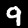
Digit: 9